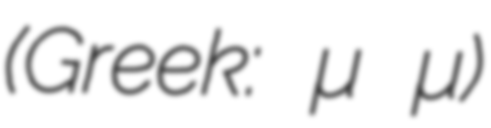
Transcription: (Greek: Αδαμαντία Βασιλογάμβρου)